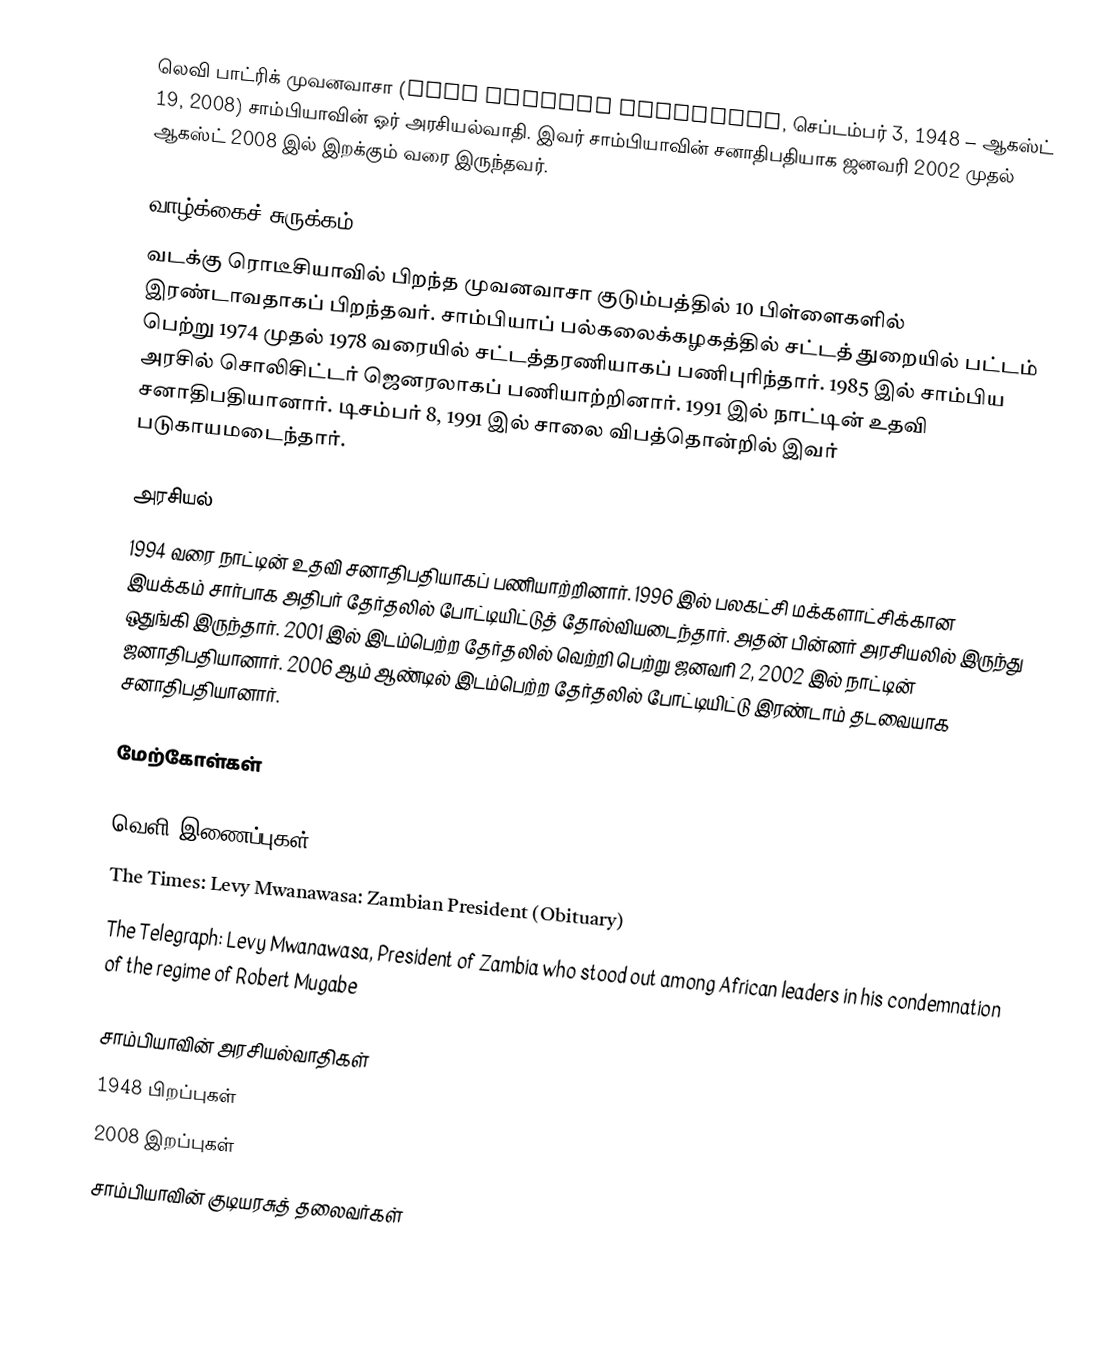
லெவி பாட்ரிக் முவனவாசா (Levy Patrick Mwanawasa, செப்டம்பர் 3, 1948 – ஆகஸ்ட் 19, 2008) சாம்பியாவின் ஓர் அரசியல்வாதி. இவர் சாம்பியாவின் சனாதிபதியாக ஜனவரி 2002 முதல் ஆகஸ்ட் 2008 இல் இறக்கும் வரை இருந்தவர்.

வாழ்க்கைச் சுருக்கம்
வடக்கு ரொடீசியாவில் பிறந்த முவனவாசா குடும்பத்தில் 10 பிள்ளைகளில் இரண்டாவதாகப் பிறந்தவர். சாம்பியாப் பல்கலைக்கழகத்தில் சட்டத் துறையில் பட்டம் பெற்று 1974 முதல் 1978 வரையில் சட்டத்தரணியாகப் பணிபுரிந்தார். 1985 இல் சாம்பிய அரசில் சொலிசிட்டர் ஜெனரலாகப் பணியாற்றினார். 1991 இல் நாட்டின் உதவி சனாதிபதியானார். டிசம்பர் 8, 1991 இல் சாலை விபத்தொன்றில் இவர் படுகாயமடைந்தார்.

அரசியல்
1994 வரை நாட்டின் உதவி சனாதிபதியாகப் பணியாற்றினார். 1996 இல் பலகட்சி மக்களாட்சிக்கான இயக்கம் சார்பாக அதிபர் தேர்தலில் போட்டியிட்டுத் தோல்வியடைந்தார். அதன் பின்னர் அரசியலில் இருந்து ஒதுங்கி இருந்தார். 2001 இல் இடம்பெற்ற தேர்தலில் வெற்றி பெற்று ஜனவரி 2, 2002 இல் நாட்டின் ஜனாதிபதியானார். 2006 ஆம் ஆண்டில் இடம்பெற்ற தேர்தலில் போட்டியிட்டு இரண்டாம் தடவையாக சனாதிபதியானார்.

மேற்கோள்கள்

வெளி இணைப்புகள்
 The Times: Levy Mwanawasa: Zambian President (Obituary)
 The Telegraph: Levy Mwanawasa, President of Zambia who stood out among African leaders in his condemnation of the regime of Robert Mugabe

சாம்பியாவின் அரசியல்வாதிகள்
1948 பிறப்புகள்
2008 இறப்புகள்
சாம்பியாவின் குடியரசுத் தலைவர்கள்